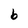
Character: b